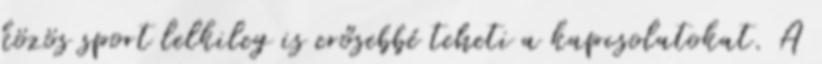
közös sport lelkileg is erősebbé teheti a kapcsolatokat. A